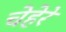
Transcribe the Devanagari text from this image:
चेहेरे